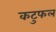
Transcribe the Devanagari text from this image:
कटुफल